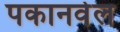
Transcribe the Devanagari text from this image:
पकानवेल